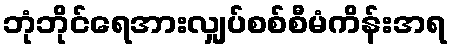
ဘုံဘိုင်ရေအားလျှပ်စစ်စီမံကိန်းအရ